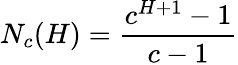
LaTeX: N_{c}(H)=\frac{c^{H+1}-1}{c-1}